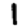
Digit: 1